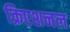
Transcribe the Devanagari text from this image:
क्रिएशनल